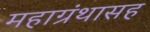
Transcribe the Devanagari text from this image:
महाग्रंथासह